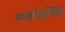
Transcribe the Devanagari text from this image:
याकोव्लेविच